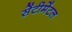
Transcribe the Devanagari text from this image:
सेंटीमेंटल